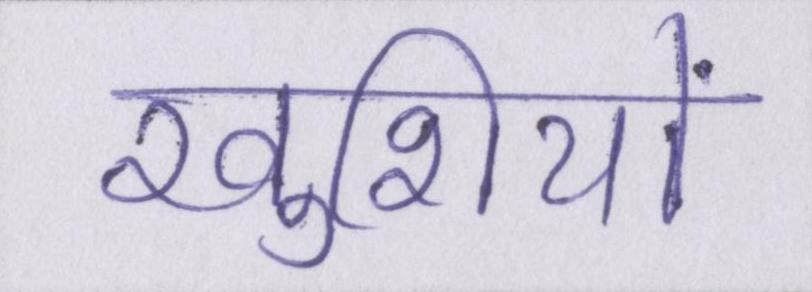
खुशियों